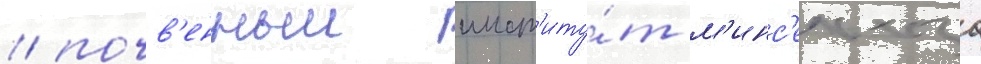
/ почв'енныи инст'иту́т м'инс'ельхоза